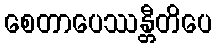
စေတာပေဿန္တီတိပေ